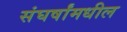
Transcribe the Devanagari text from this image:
संघर्षांमधील